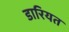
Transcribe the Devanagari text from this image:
डारियत